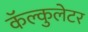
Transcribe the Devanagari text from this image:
कॅल्कुलेटर